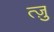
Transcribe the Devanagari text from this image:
त्ज़ु